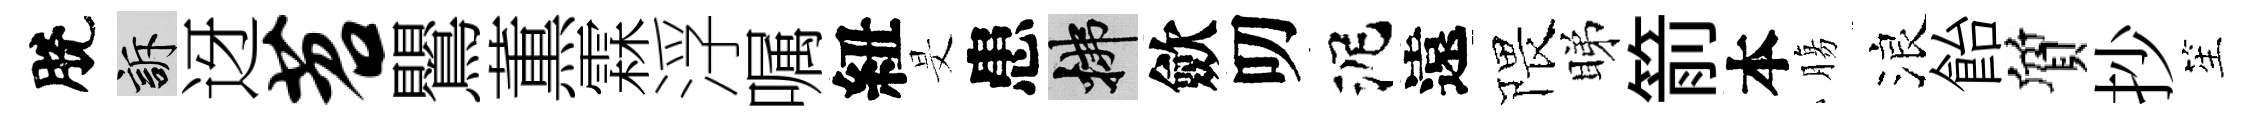
脫訴迓苕鸎薫霖浮嘱紐旻患拂歛叨泥遠隈睇箭本膓浪飴質抄笙